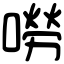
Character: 嘮